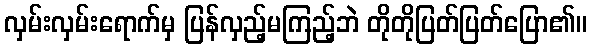
လှမ်းလှမ်းရောက်မှ ပြန်လှည့်မကြည့်ဘဲ တိုတိုပြတ်ပြတ်ပြော၏။